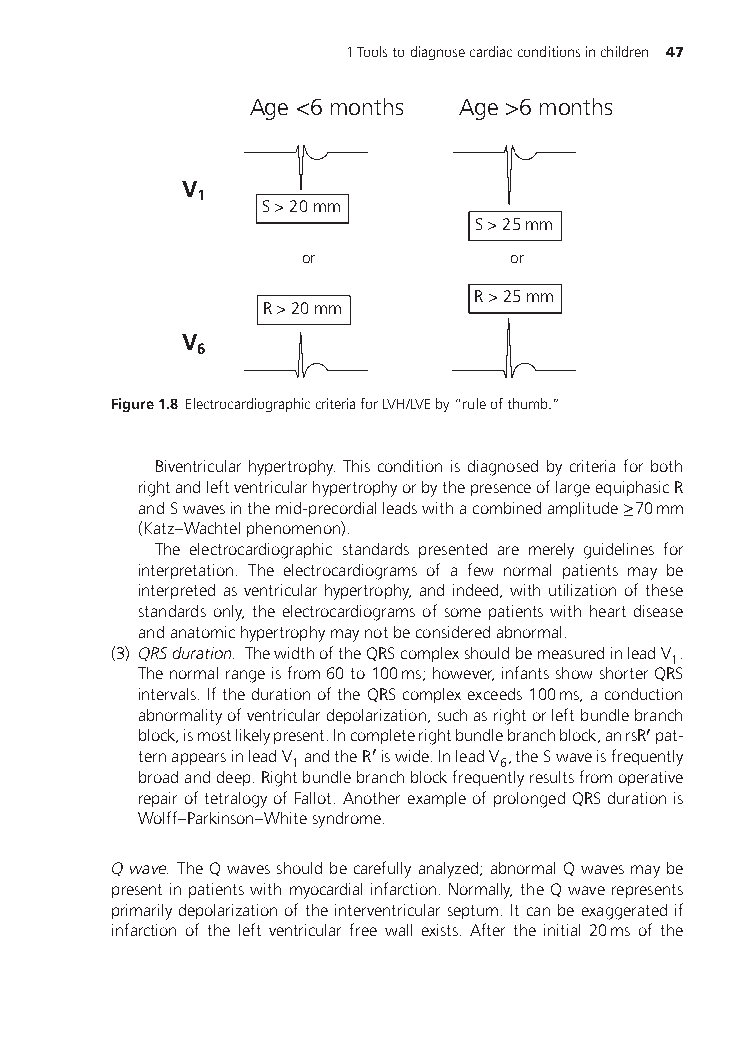
1Toolstodiagnosecardiacconditionsinchildren 47
 Age <6 months Age >6 months
 V
 1
 S > 20 mm
 S > 25 mm
 or            or
 R > 25 mm
 R > 20 mm
 V
 6
 Figure1.8 ElectrocardiographiccriteriaforLVH/LVEby“ruleofthumb.”
 Biventricular hypertrophy. This condition is diagnosed by criteria for both
 rightandleftventricularhypertrophyorbythepresenceoflargeequiphasicR
 andSwavesinthemid-precordialleadswithacombinedamplitude≥70mm
 (Katz–Wachtelphenomenon).
 The electrocardiographic standards presented are merely guidelines for
 interpretation. The electrocardiograms of a few normal patients may be
 interpreted as ventricular hypertrophy, and indeed, with utilization of these
 standards only, the electrocardiograms of some patients with heart disease
 andanatomichypertrophymaynotbeconsideredabnormal.
 (3) QRSduration. ThewidthoftheQRScomplexshouldbemeasuredinleadV .
 1
 Thenormalrangeisfrom60to100ms;however,infantsshowshorterQRS
 intervals.IfthedurationoftheQRScomplexexceeds100ms,aconduction
 abnormalityofventriculardepolarization,suchasrightorleftbundlebranch
 block,ismostlikelypresent.Incompleterightbundlebranchblock,anrsR′pat-
 ternappearsinleadV andtheR′iswide.InleadV ,theSwaveisfrequently
 1            6
 broadanddeep.Rightbundlebranchblockfrequentlyresultsfromoperative
 repairoftetralogyofFallot.AnotherexampleofprolongedQRSdurationis
 Wolff–Parkinson–Whitesyndrome.
 Qwave. TheQwavesshouldbecarefullyanalyzed;abnormalQwavesmaybe
 presentinpatientswithmyocardialinfarction.Normally,theQwaverepresents
 primarilydepolarizationoftheinterventricularseptum.Itcanbeexaggeratedif
 infarction of the left ventricular free wall exists. After the initial 20ms of the